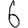
Digit: 6